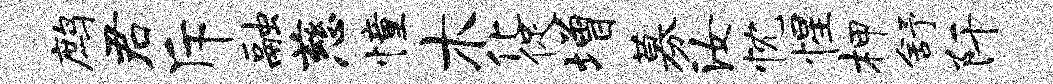
鹧君斥融慈憧木化促增募汝忱惺柙舒阡